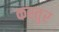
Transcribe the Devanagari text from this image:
कस्तुर